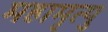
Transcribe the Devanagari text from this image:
महामृत्यु